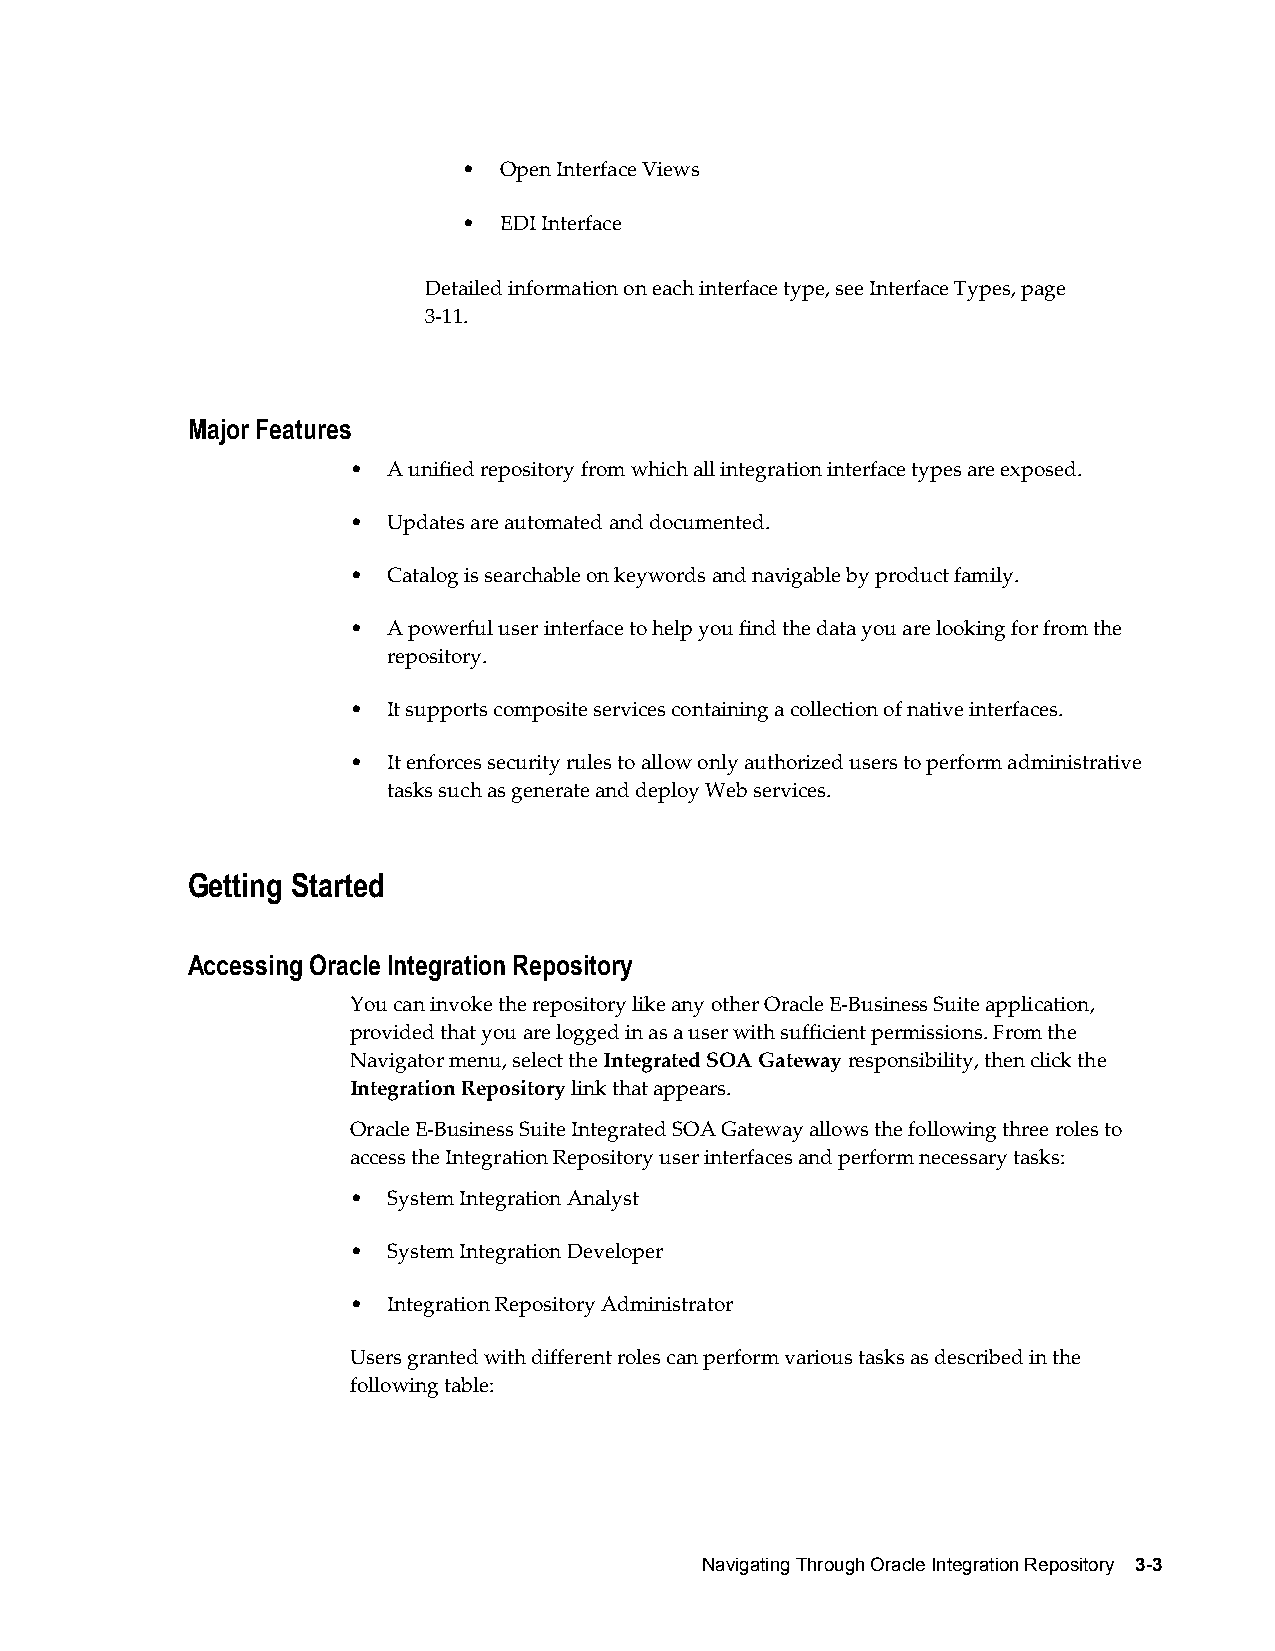
• Open Interface Views
 • EDI Interface
 Detailed information on each interface type, see Interface Types, page
 3-11.
 Major Features
 •  A unified repository from which all integration interface types are exposed.
 •  Updates are automated and documented.
 •  Catalog is searchable on keywords and navigable by product family.
 •  A powerful user interface to help you find the data you are looking for from the
 repository.
 •  It supports composite services containing a collection of native interfaces.
 •  It enforces security rules to allow only authorized users to perform administrative
 tasks such as generate and deploy Web services.
 Getting Started
 Accessing Oracle Integration Repository
 You can invoke the repository like any other Oracle E-Business Suite application,
 provided that you are logged in as a user with sufficient permissions. From the
 Navigator menu, select the Integrated SOA Gateway responsibility, then click the
 Integration Repository link that appears.
 Oracle E-Business Suite Integrated SOA Gateway allows the following three roles to
 access the Integration Repository user interfaces and perform necessary tasks:
 •  System Integration Analyst
 •  System Integration Developer
 •  Integration Repository Administrator
 Users granted with different roles can perform various tasks as described in the
 following table:
 Navigating Through Oracle Integration Repository 3-3